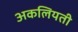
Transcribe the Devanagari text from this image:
अकलियती